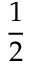
\frac 1 2